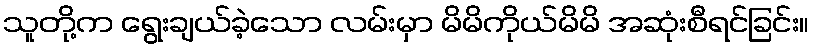
သူတို့က ရွေးချယ်ခဲ့သော လမ်းမှာ မိမိကိုယ်မိမိ အဆုံးစီရင်ခြင်း။